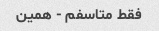
فقط متاسفم - همین